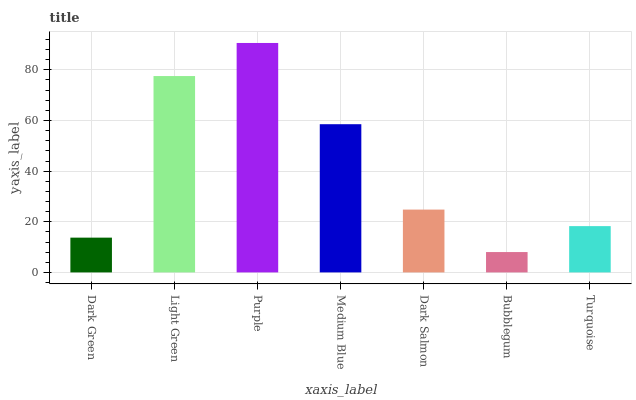
| xaxis_label | bars |
 | --- | --- |
 | Dark Green | 13.7 |
 | Light Green | 77.6 |
 | Purple | 90.6 |
 | Medium Blue | 58.5 |
 | Dark Salmon | 24.8 |
 | Bubblegum | 8.04 |
 | Turquoise | 18.3 |